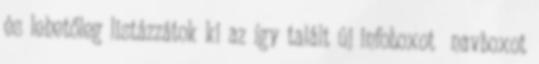
és lehetőleg listázzátok ki az így talált új infoboxot navboxot